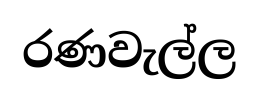
රණවැල්ල